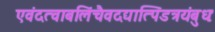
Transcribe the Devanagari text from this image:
एवंदत्वाबलिंचैवदद्यात्पिंडत्रयंबुधः